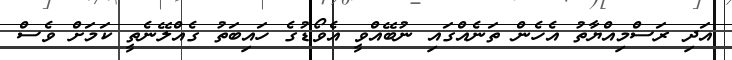
އަދި ރަސްމިއްޔާތު އެހެން ތަނެއްގައި ނުބޭއްވީ އެވޯޑުގެ ހައިބަތު ގެއްލޭނެތީ ކަމަށް ވެސް